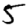
Digit: 5